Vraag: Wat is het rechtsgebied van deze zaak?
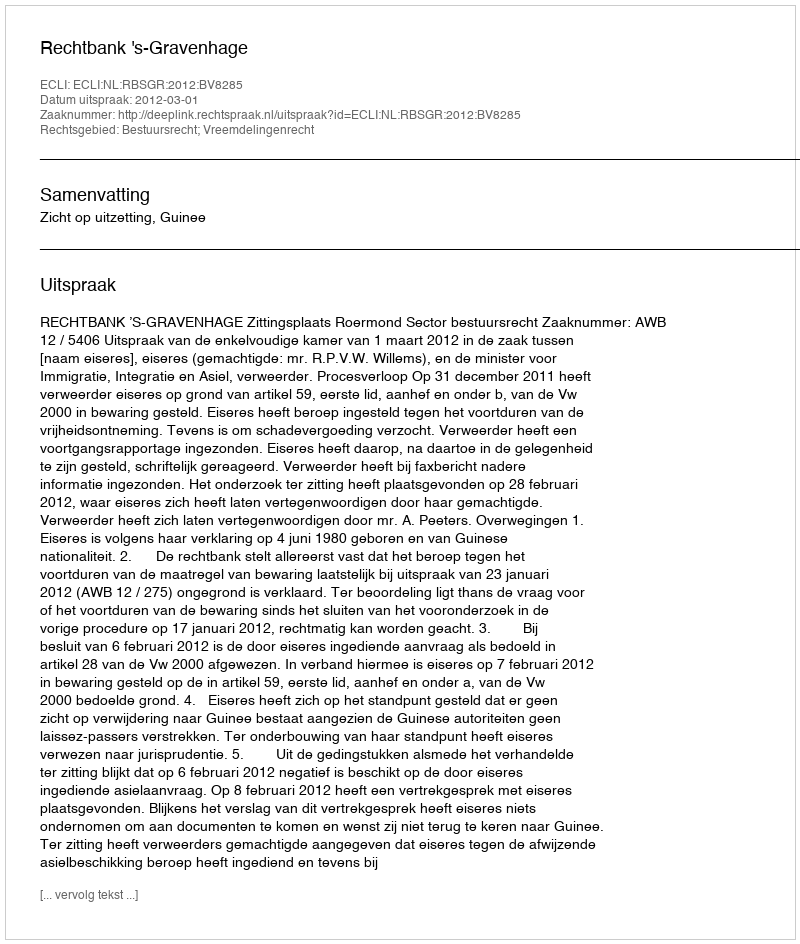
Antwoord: Bestuursrecht; Vreemdelingenrecht